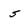
Character: 5